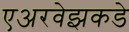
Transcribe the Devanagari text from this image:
एअरवेझकडे